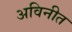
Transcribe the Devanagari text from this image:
अविनीत